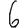
Digit: 6